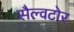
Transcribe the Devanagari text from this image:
सैल्वटोर